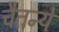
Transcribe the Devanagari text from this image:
चैतन्ये